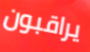
يراقبون